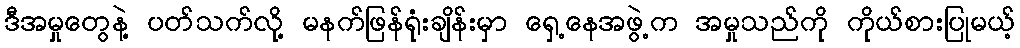
ဒီအမှုတွေနဲ့ ပတ်သက်လို့ မနက်ဖြန်ရုံးချိန်းမှာ ရှေ့နေအဖွဲ့က အမှုသည်ကို ကိုယ်စားပြုမယ့်